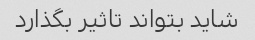
شاید بتواند تاثیر بگذارد